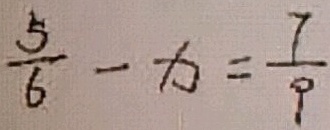
\frac { 5 } { 6 } - x = \frac { 7 } { 9 }